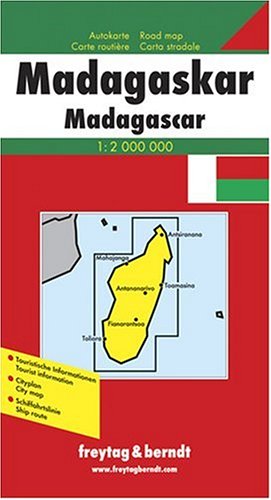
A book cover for Carte routiÃEÂ¨re : Madagaskar; Travel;